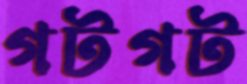
গটগট